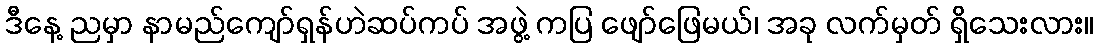
ဒီနေ့ ညမှာ နာမည်ကျော်ရှန်ဟဲဆပ်ကပ် အဖွဲ့ ကပြ ဖျော်ဖြေမယ်၊ အခု လက်မှတ် ရှိသေးလား။